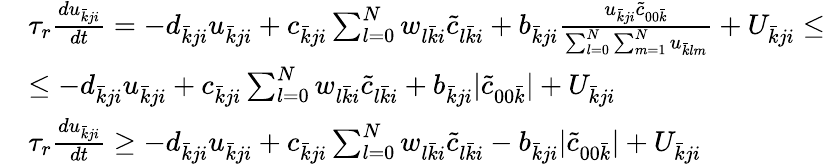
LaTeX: \begin{array}{rl}&{\tau_{r}\frac{du_{\bar{k}ji}}{dt}=-d_{\bar{k}ji}u_{\bar{k}ji}+c_{\bar{k}ji}\sum_{l=0}^{N}w_{l\bar{k}i}\tilde{c}_{l\bar{k}i}+b_{\bar{k}ji}\frac{u_{\bar{k}ji}\tilde{c}_{00\bar{k}}}{\sum_{l=0}^{N}\sum_{m=1}^{N}u_{\bar{k}lm}}+U_{\bar{k}ji}\leq}\\ &{\leq-d_{\bar{k}ji}u_{\bar{k}ji}+c_{\bar{k}ji}\sum_{l=0}^{N}w_{l\bar{k}i}\tilde{c}_{l\bar{k}i}+b_{\bar{k}ji}|\tilde{c}_{00\bar{k}}|+U_{\bar{k}ji}}\\ &{\tau_{r}\frac{du_{\bar{k}ji}}{dt}\geq-d_{\bar{k}ji}u_{\bar{k}ji}+c_{\bar{k}ji}\sum_{l=0}^{N}w_{l\bar{k}i}\tilde{c}_{l\bar{k}i}-b_{\bar{k}ji}|\tilde{c}_{00\bar{k}}|+U_{\bar{k}ji}}\end{array}